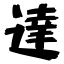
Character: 達